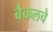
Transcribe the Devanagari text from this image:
बैकलचे